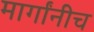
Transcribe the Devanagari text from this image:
मार्गांनीच